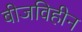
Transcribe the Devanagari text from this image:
बीजविहीन